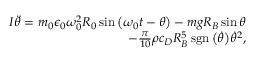
\begin{array} { r } { I \Ddot { \theta } = m _ { 0 } \epsilon _ { 0 } \omega _ { 0 } ^ { 2 } R _ { 0 } \sin { \left( \omega _ { 0 } t - \theta \right) } - m g R _ { B } \sin { \theta } } \\ { - \frac { \pi } { 1 0 } \rho c _ { D } R _ { B } ^ { 5 } \operatorname { s g n } \big ( \Dot { \theta } \big ) \Dot { \theta } ^ { 2 } , } \end{array}